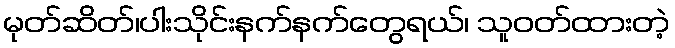
မုတ်ဆိတ်၊ပါးသိုင်းနက်နက်တွေရယ်၊ သူဝတ်ထားတဲ့